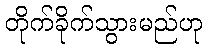
တိုက်ခိုက်သွားမည်ဟု